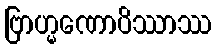
ဗြာဟ္မဏောပိဿာဿ